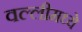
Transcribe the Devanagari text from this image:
वल्लीमध्ये